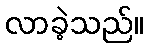
လာခဲ့သည်။